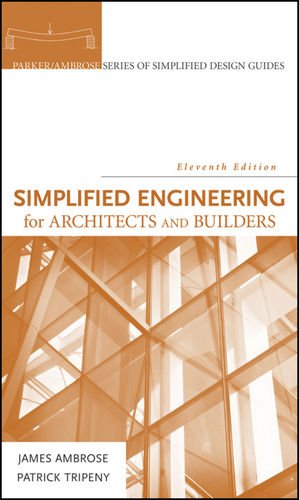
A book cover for Simplified Engineering for Architects and Builders; James Ambrose; Engineering & Transportation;